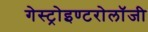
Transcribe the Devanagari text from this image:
गेस्ट्रोइण्टरोलॉजी